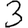
Digit: 3